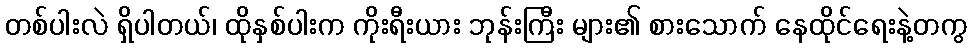
တစ်ပါးလဲ ရှိပါတယ်၊ ထိုနှစ်ပါးက ကိုးရီးယား ဘုန်းကြီး များ၏ စားသောက် နေထိုင်ရေးနဲ့တကွ